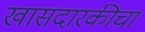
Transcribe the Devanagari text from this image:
खासदारकीचा